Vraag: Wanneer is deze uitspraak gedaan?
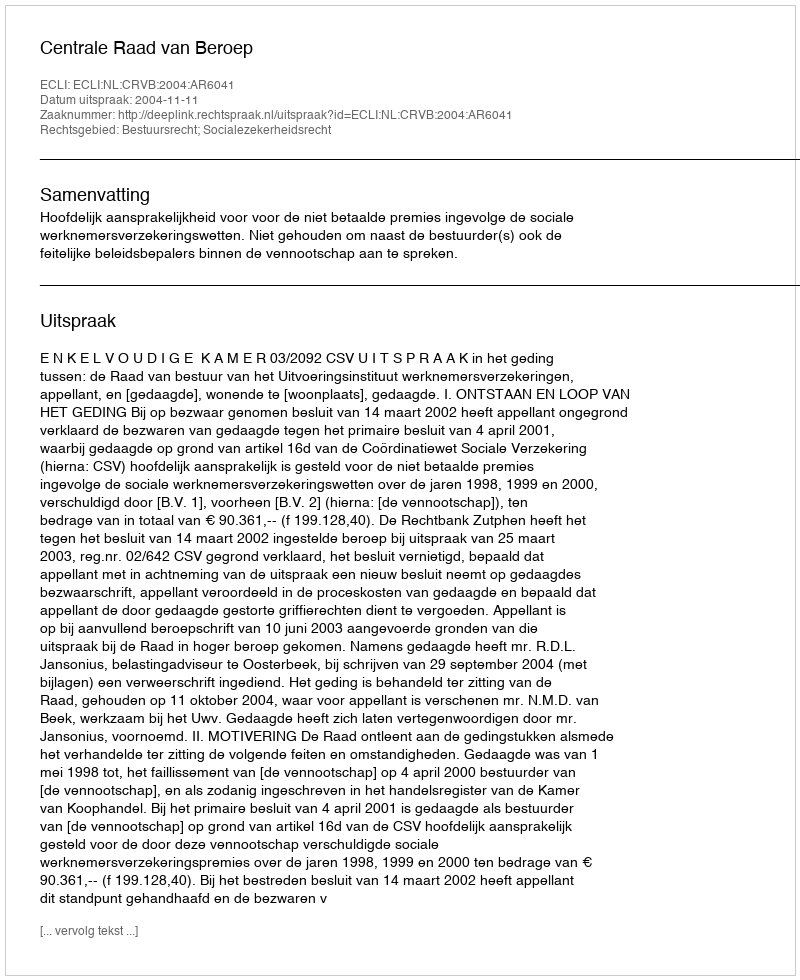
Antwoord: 2004-11-11